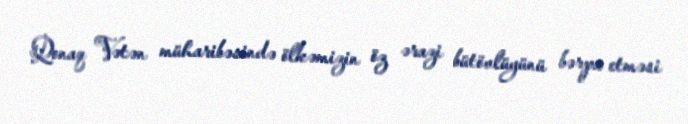
Qonaq Vətən müharibəsində ölkəmizin öz ərazi bütövlüyünü bərpa etməsi